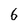
Character: 6